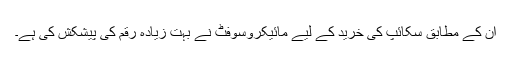
ان کے مطابق سکائپ کی خرید کے لیے مائیکروسوفٹ نے بہت زیادہ رقم کی پیشکش کی ہے۔